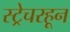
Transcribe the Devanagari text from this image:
स्ट्रेचरहून